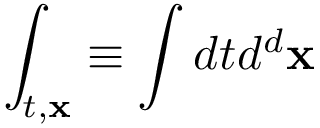
\int _ { t , { \bf x } } \equiv \int d t d ^ { d } { \bf x }